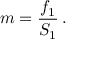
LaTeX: m = { \frac { f _ { 1 } } { S _ { 1 } } } \, .